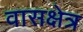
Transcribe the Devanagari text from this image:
वासक्षेत्र